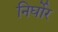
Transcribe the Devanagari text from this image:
निर्घोर